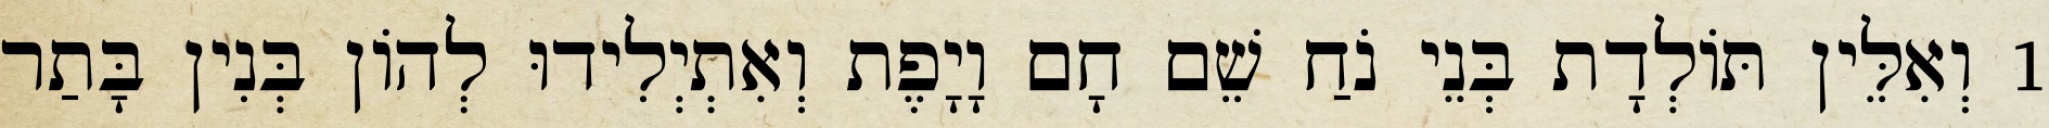
1 וְאִלֵּין תּוֹלְדָת בְּנֵי נֹחַ שֵׁם חָם וָיָפֶת וְאִתְיְלִידוּ לְהוֹן בְּנִין בָּתַר